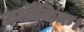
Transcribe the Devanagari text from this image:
अलौकिक।